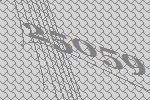
25059